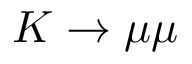
K \rightarrow \mu \mu